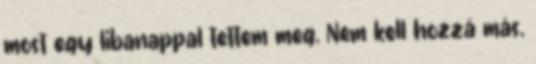
most egy libanappal tettem meg. Nem kell hozzá más,